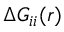
\Delta G _ { i i } ( \boldsymbol { r } )